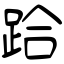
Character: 跲